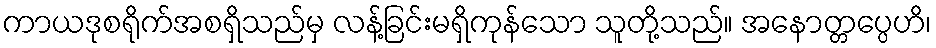
ကာယဒုစရိုက်အစရှိသည်မှ လန့်ခြင်းမရှိကုန်သော သူတို့သည်။ အနောတ္တပ္ပေဟိ၊